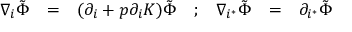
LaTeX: \begin{array} { c c c c c c c } { { \nabla _ { i } \tilde { \Phi } } } & { { = } } & { { ( \partial _ { i } + p \partial _ { i } { \cal K } ) \tilde { \Phi } } } & { { ; } } & { { \nabla _ { i ^ { * } } \tilde { \Phi } } } & { { = } } & { { \partial _ { i ^ { * } } \tilde { \Phi } } } \end{array}